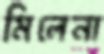
মিলেনা